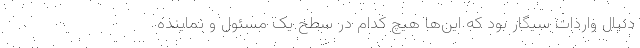
دنبال واردات سیگار بود که این‌ها هیچ کدام در سطح یک مسئول و نماینده